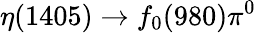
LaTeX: \eta(1405)\to f_{0}(980)\pi^{0}